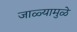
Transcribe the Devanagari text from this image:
जाळ्यामुळे